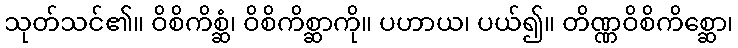
သုတ်သင်၏။ ဝိစိကိစ္ဆံ၊ ဝိစိကိစ္ဆာကို။ ပဟာယ၊ ပယ်၍။ တိဏ္ဏဝိစိကိစ္ဆော၊